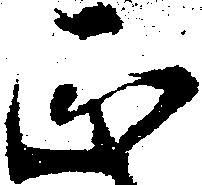
正